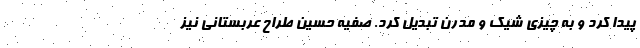
پیدا کرد و به چیزی شیک و مدرن تبدیل کرد. صفیه حسین طراح عربستانی نیز